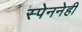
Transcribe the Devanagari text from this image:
स्पेननेही